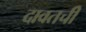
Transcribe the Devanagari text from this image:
दावतची